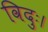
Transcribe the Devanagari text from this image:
विदुः।